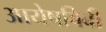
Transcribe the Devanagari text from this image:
आयेषबिबी